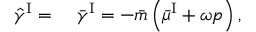
\begin{array} { r l } { \hat { \gamma } ^ { \mathrm { I } } = } & { { } ~ \bar { \gamma } ^ { \mathrm { I } } = - \bar { m } \left( \bar { \mu } ^ { \mathrm { I } } + \omega p \right) , } \end{array}